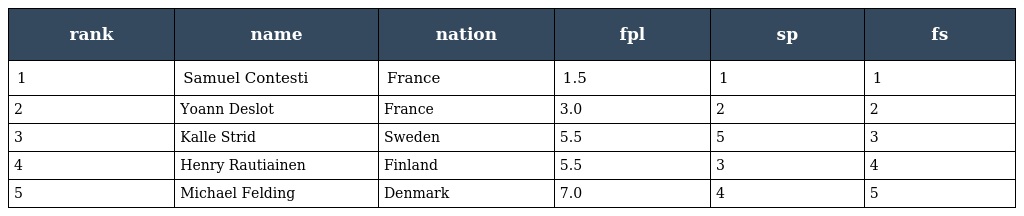
| rank | name | nation | fpl | sp | fs |
 | --- | --- | --- | --- | --- | --- |
 | 1 | Samuel Contesti | France | 1.5 | 1 | 1 |
 | 2 | Yoann Deslot | France | 3.0 | 2 | 2 |
 | 3 | Kalle Strid | Sweden | 5.5 | 5 | 3 |
 | 4 | Henry Rautiainen | Finland | 5.5 | 3 | 4 |
 | 5 | Michael Felding | Denmark | 7.0 | 4 | 5 |